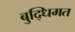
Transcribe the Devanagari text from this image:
बुद्धिमत